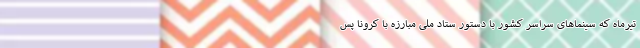
تیرماه که سینماهای سراسر کشور با دستور ستاد ملی مبارزه با کرونا پس